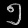
Digit: ၅